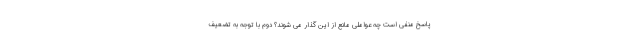
پاسخ منفی است چه عواملی مانع از این گذار می شوند؟ دوم با توجه به تضعیف